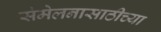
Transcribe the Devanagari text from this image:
संमेलनासाठीच्या